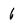
Character: 6